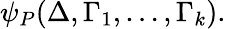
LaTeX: \psi_{P}(\Delta,\Gamma_{1},\dots,\Gamma_{k}).